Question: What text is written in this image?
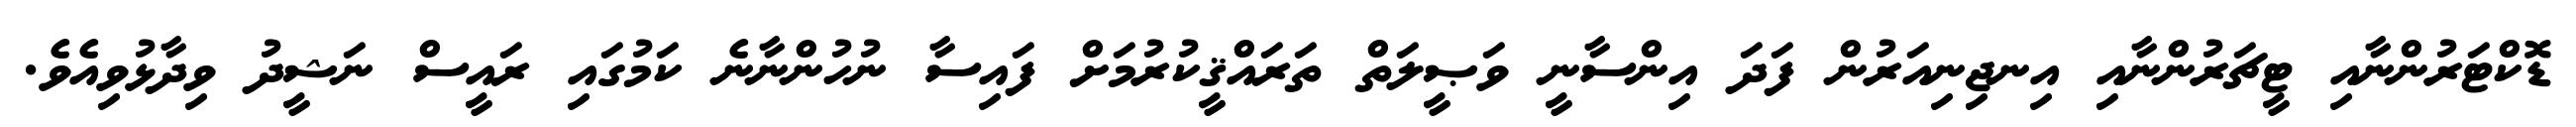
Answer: ޑޮކްޓަރުންނާއި ޓީޗަރުންނާއި އިނޖިނިއަރުން ފަދަ އިންސާނީ ވަޞީލަތް ތަރައްޤީކުރުމަށް ފައިސާ ނުހުންނާނެ ކަމުގައި ރައީސް ނަޝީދު ވިދާޅުވިއެވެ.